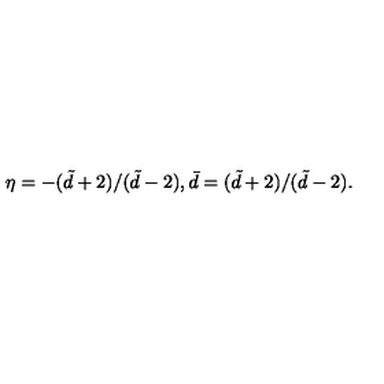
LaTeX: \eta = - ( \tilde { d } + 2 ) / ( \tilde { d } - 2 ) , \bar { d } = ( \tilde { d } + 2 ) / ( \tilde { d } - 2 ) .